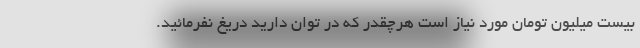
بیست میلیون تومان مورد نیاز است هرچقدر که در توان دارید دریغ نفرمائید.